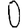
Digit: 0